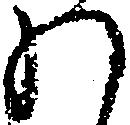
わ